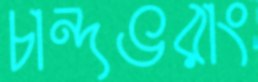
চান্দভরাং